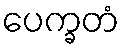
ပေက္ခတံ